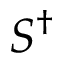
S ^ { \dagger }